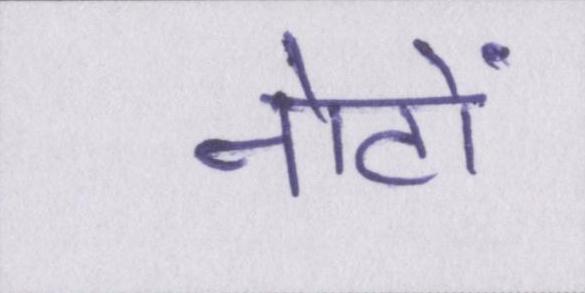
नोटों